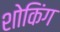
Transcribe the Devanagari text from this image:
शोकिंग